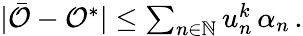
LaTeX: \begin{array}{r}{\vert\bar{\mathcal{O}}-\mathcal{O}^{*}\vert\leq\sum_{n\in\mathbb{N}}u_{n}^{k}\, \alpha_{n}\, .}\end{array}